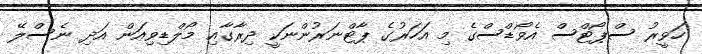
ހަވީރު ސްޕޯޓްސް އެވޯޑްސްގެ މި އަހަރުގެ ޕާޓްނަރުންނަކީ ދިރާގާއި މޯލްޑިވިއަން އަދި ނެސްލޭ